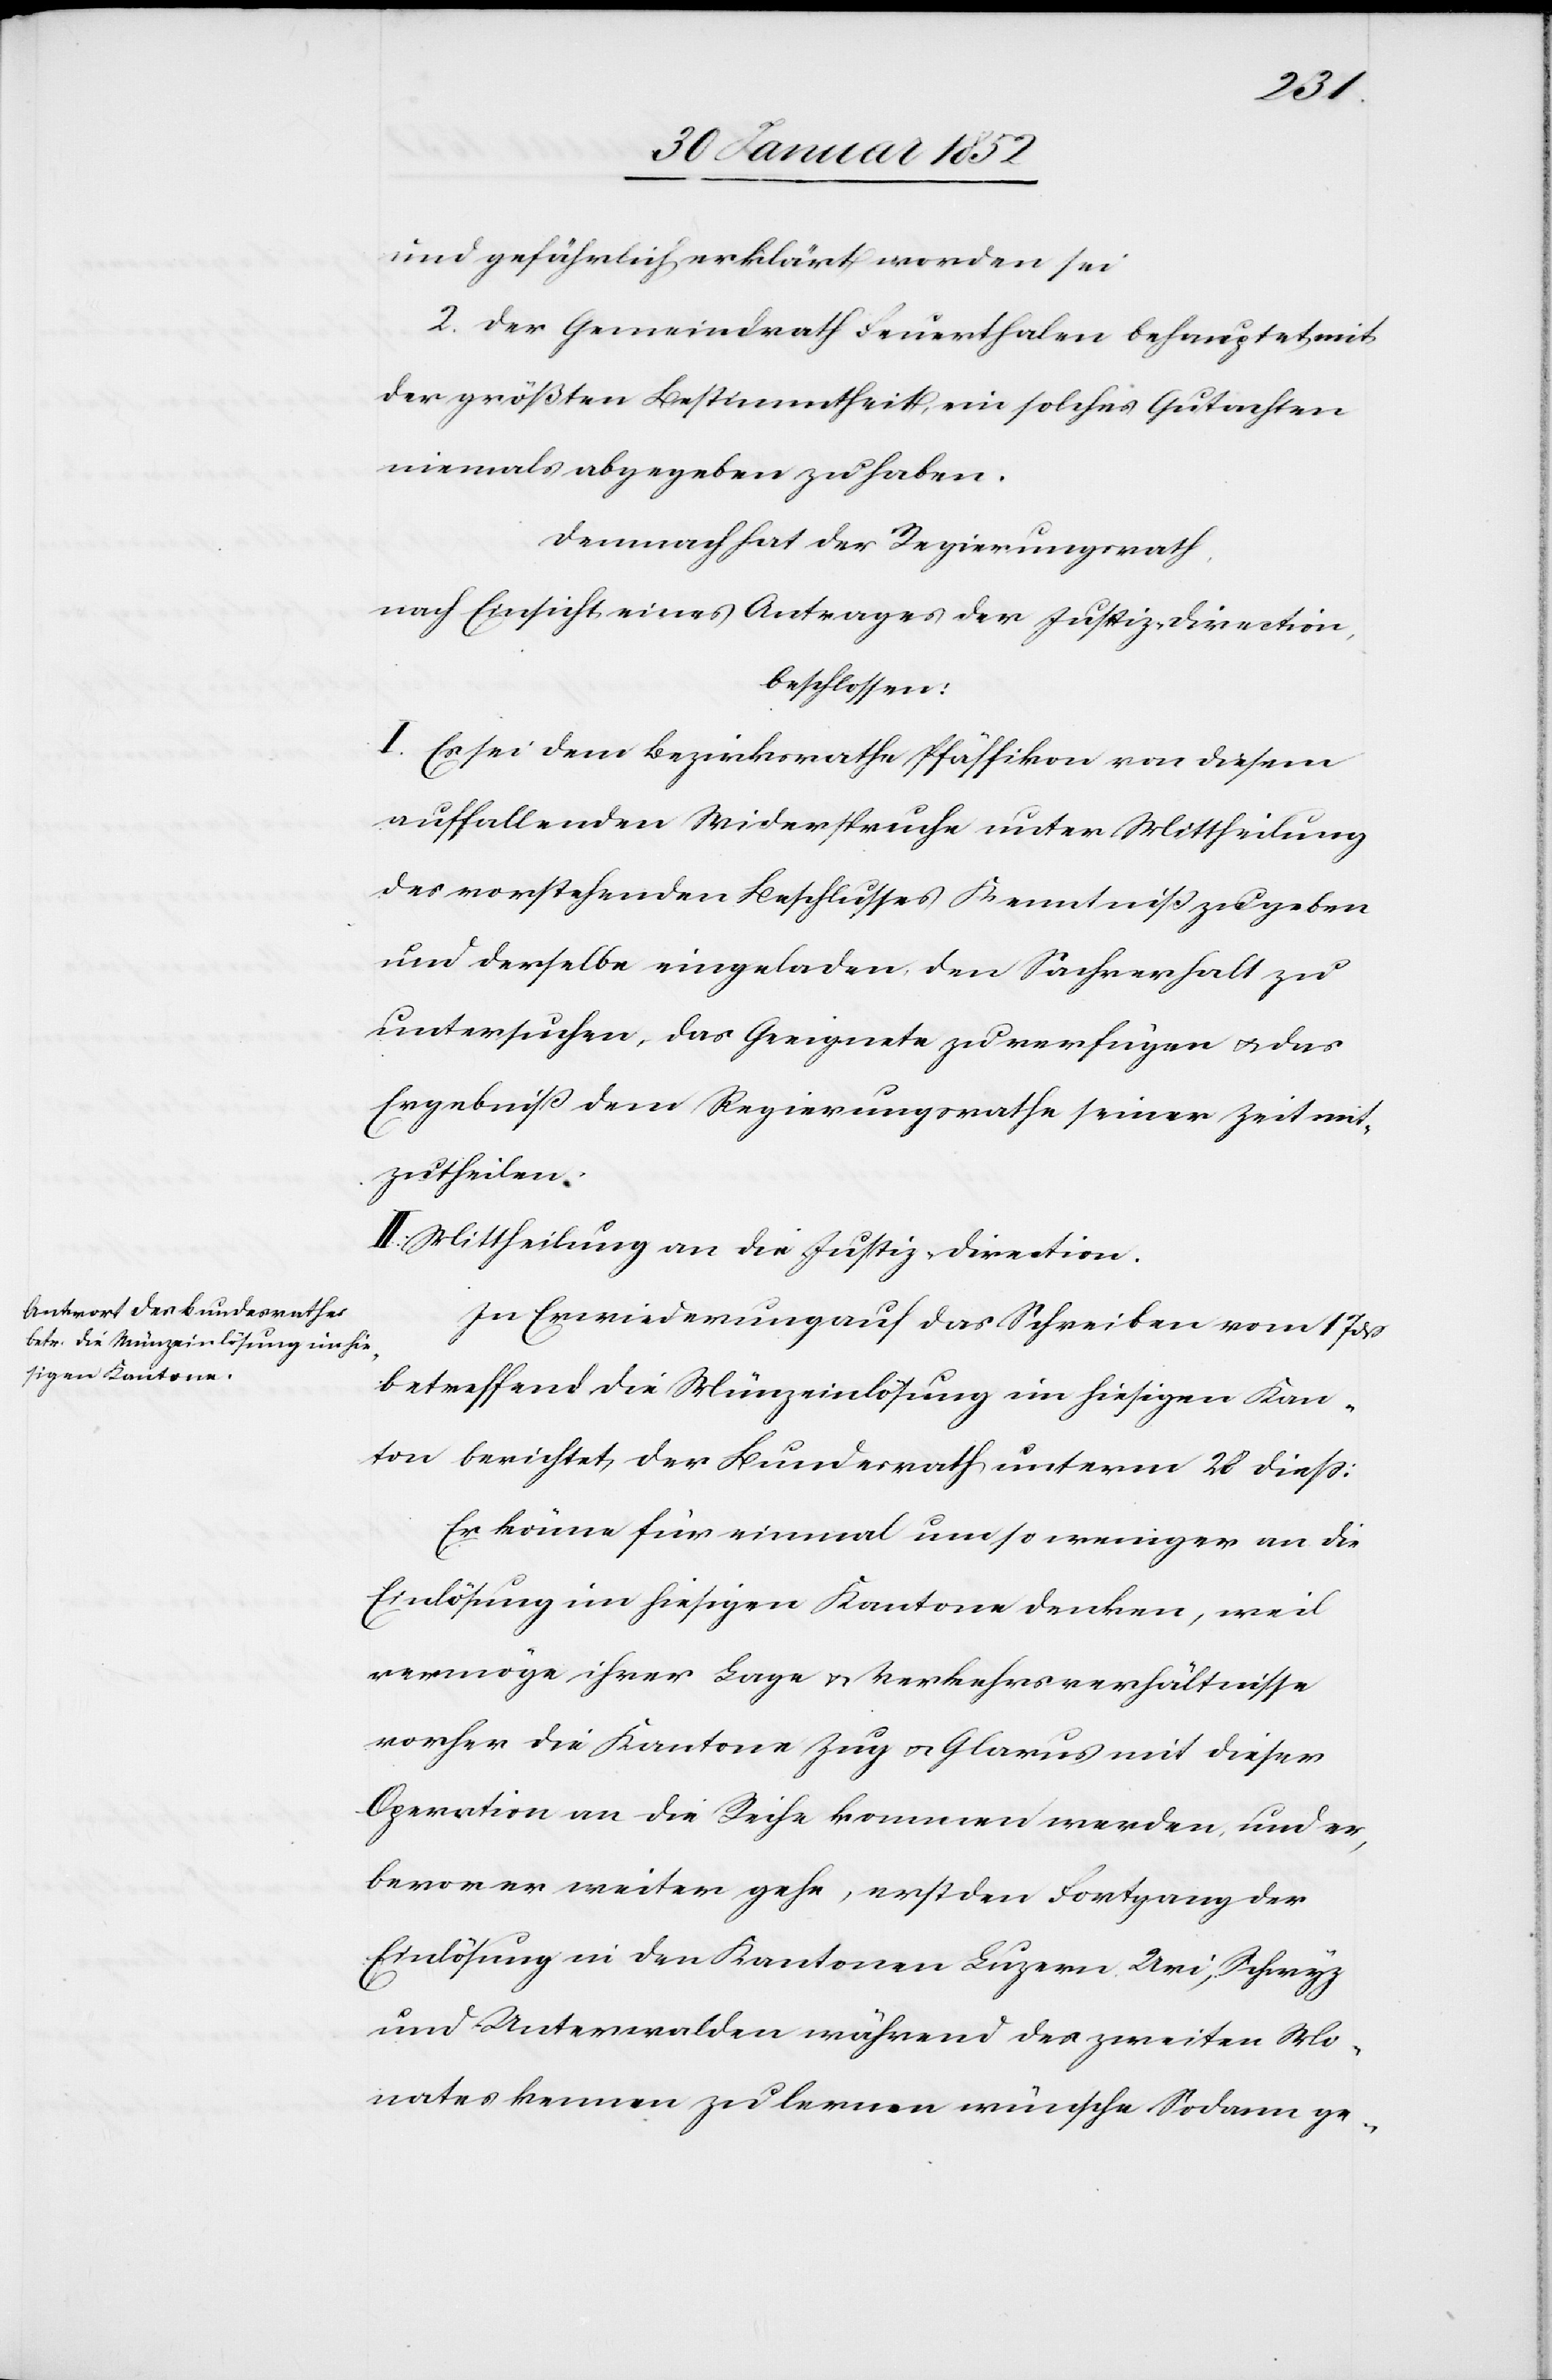
und gefährlich erklärt worden sei.
2. Der Gemeindrath Feuerthalen behauptet, mit
der größten Bestimmtheit ein solches Gutachten
niemals abgegeben zu haben.
Demnach hat der Regierungsrath,
nach Einsicht eines Antrages der Justizdirection,
beschlossen:
I. Es sei dem Bezirksrathe Pfäffikon von diesem
auffallenden Widerspruche unter Mittheilung
des vorstehenden Beschlusses Kenntniß zu geben
und derselbe eingeladen, den Sachverhalt zu
untersuchen, das Geeignete zu verfügen u. das
Ergebniß dem Regierungsrathe seiner Zeit mit¬
zutheilen.
II. Mittheilung an die Justizdirection.
In Erwiederung auf das Schreiben vom 17 dß
betreffend die Münzeinlösung im hiesigen Kan¬
ton berichtet der Bundesrath unterm 28 dieß:
Er könne für einmal um so weniger an die
Einlösung im hiesigen Kantone denken, weil
vermöge ihrer Lage u. Verkehrsverhältnisse
vorher die Kantone Zug u. Glarus mit dieser
Operation an die Reihe kommen werden, und er,
bevor er weiter gehe, erst den Fortgang der
Einlösung in den Kantonen Luzern, Uri, Schwyz
und Unterwalden während des zweiten Mo¬
nates kennen zu lernen wünsche. Sodann ge-